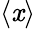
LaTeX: \langle\mathit{x}\rangle